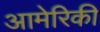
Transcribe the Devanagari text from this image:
आमेरिकी